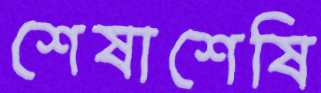
শেষাশেষি